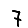
Digit: 7